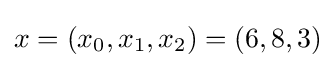
x=(x_{0},x_{1},x_{2})=(6,8,3)